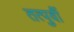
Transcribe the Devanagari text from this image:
तत्‍पुर्वी